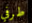
طرفي